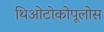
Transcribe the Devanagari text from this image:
थिओटोकोपूलोस